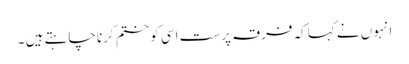
انہوں نے کہاکہ فرقہ پرست اسی کو ختم کرنا چاہتے ہیں ۔